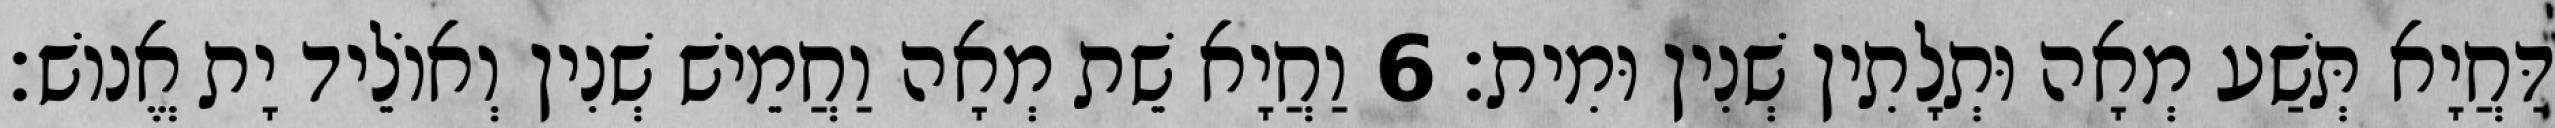
דַּחֲיָא תְּשַׁע מְאָה וּתְלָתִין שְׁנִין וּמִית׃ 6 וַחֲיָא שֵׁת מְאָה וַחֲמֵישׁ שְׁנִין וְאוֹלֵיד יָת אֱנוֹשׁ׃